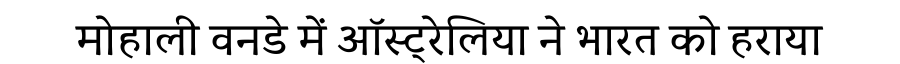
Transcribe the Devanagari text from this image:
मोहाली वनडे में ऑस्ट्रेलिया ने भारत को हराया